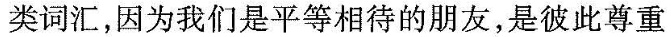
类词汇，因为我们是平等相待的朋友，是彼此尊重